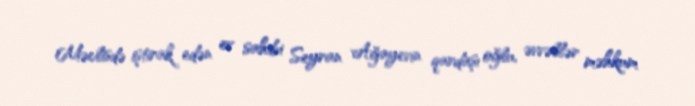
Məclisdə iştirak edən ev sahibi Seyran Ağayevin qardaşı oğlu, əvvəllər məhkum